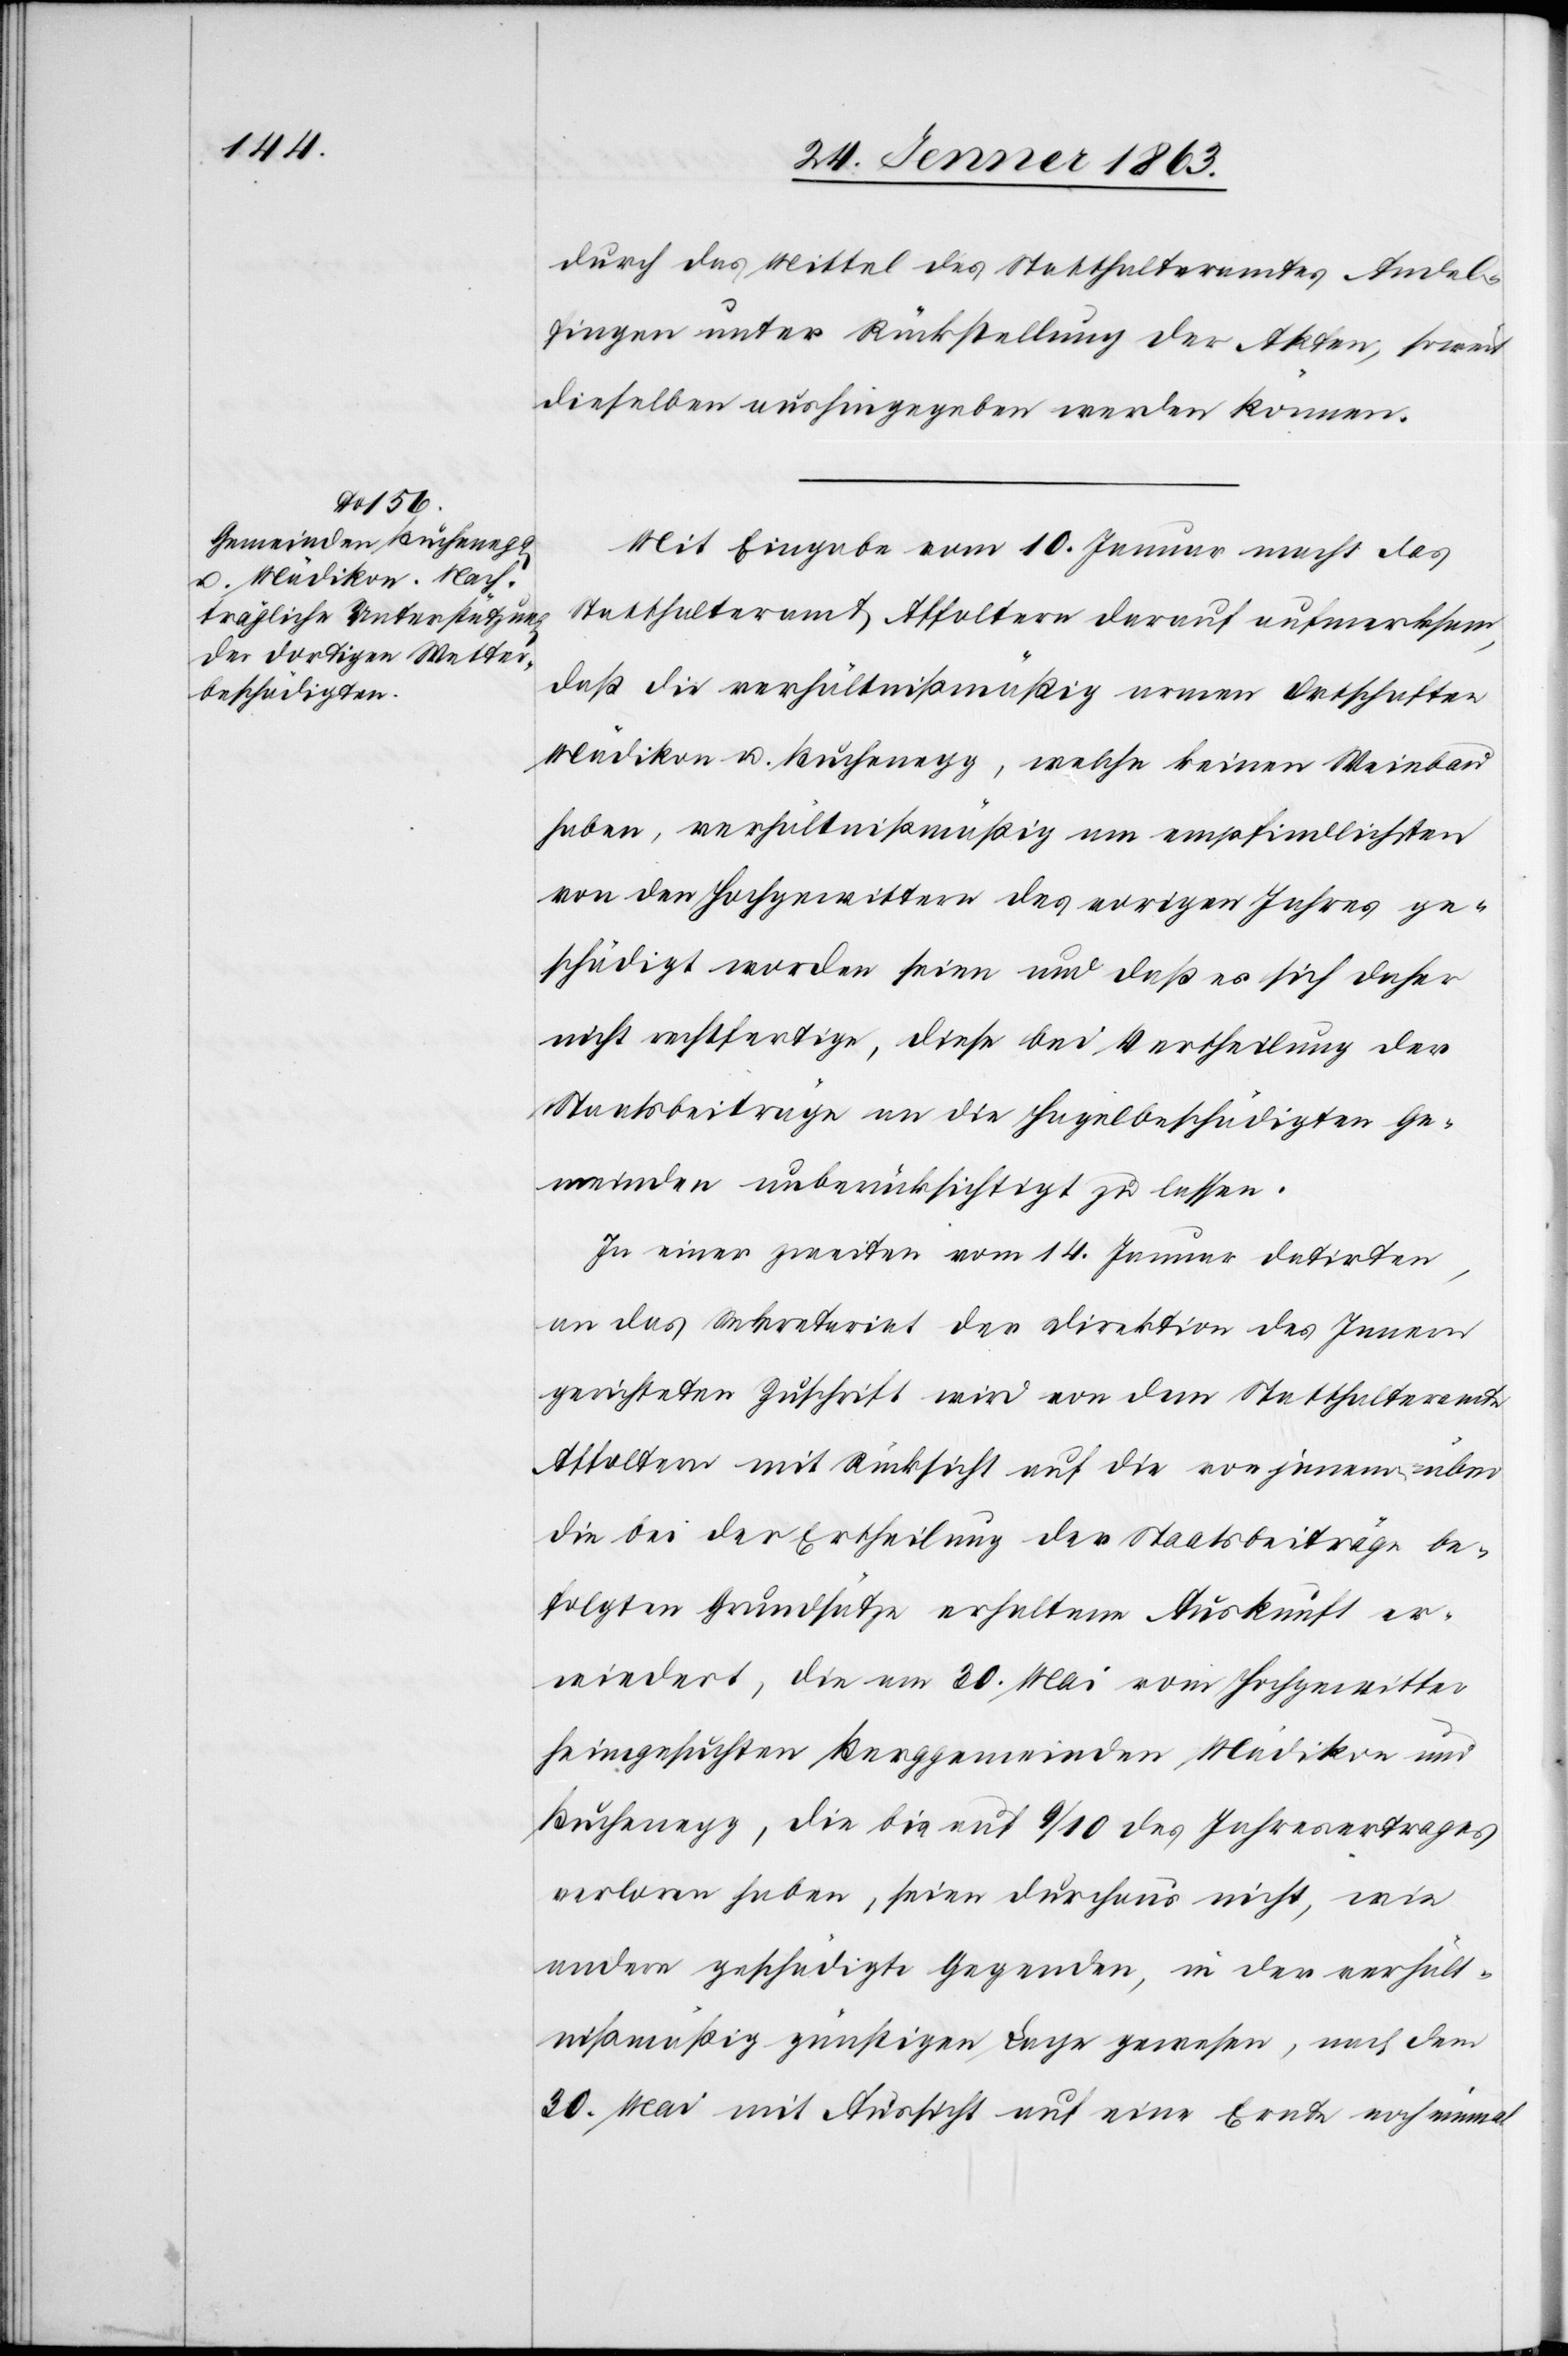
durch das Mittel des Statthalteramtes Andel¬
fingen unter Rückstellung der Akten, soweit
dieselben aushingegeben werden können.
Mit Eingabe vom 10. Jenner macht das
Statthalteramt Affoltern darauf aufmerksam,
daß die verhältnißmäßig armen Ortschaften
Mädikon u. Buchenegg, welche keinen Weinbau
haben, verhältnißmäßig am empfindlichsten
von den Hochgewittern des vorigen Jahres ge¬
schädigt worden seien und daß es sich daher
nicht rechtfertige, diese bei Vertheilung der
Staatsbeiträge an die hagelbeschädigten Ge¬
meinden unberücksichtigt zu lassen.
Zu einer zweiten vom 14. Jenner datirten,
an das Sekretariat der Direktion des Innern
gerichteten Zuschrift wird von dem Statthalteramte
Affoltern mit Rücksicht auf die von jenem über
die bei der Ertheilung der Staatsbeiträge be¬
folgten Grundsätze erhaltene Auskunft er¬
wiedert, die am 30. Mai vom Hochgewitter
heimgesuchten Berggemeinden Mädikon und
Buchenegg, die bis auf 9/10 des Jahresertrages
verloren haben, seien durchaus nicht, wie
andere geschädigte Gegenden, in der verhält¬
nißmäßig günstigen Lage gewesen, nach dem
30. Mai mit Aussicht auf eine Ernte noch einmal